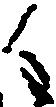
く